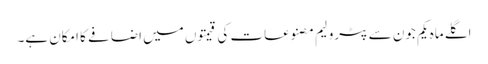
اگلے ماہ یکم جون سے پٹرولیم مصنوعات کی قیمتوں میں اضافے کا امکان ہے۔